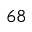
^ { 6 8 }